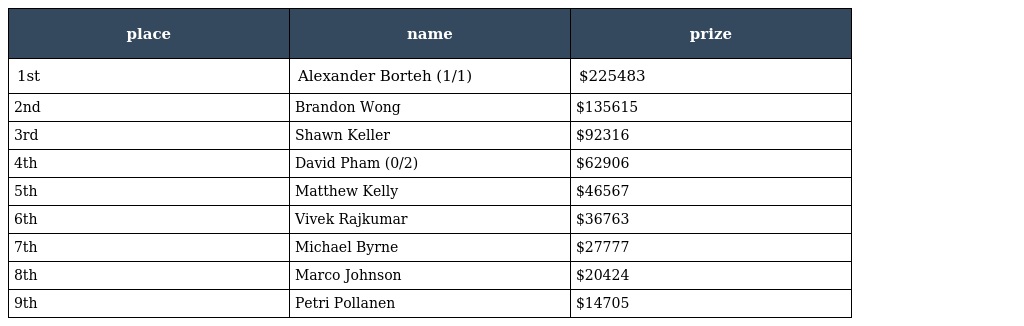
| place | name | prize |
 | --- | --- | --- |
 | 1st | Alexander Borteh (1/1) | $225483 |
 | 2nd | Brandon Wong | $135615 |
 | 3rd | Shawn Keller | $92316 |
 | 4th | David Pham (0/2) | $62906 |
 | 5th | Matthew Kelly | $46567 |
 | 6th | Vivek Rajkumar | $36763 |
 | 7th | Michael Byrne | $27777 |
 | 8th | Marco Johnson | $20424 |
 | 9th | Petri Pollanen | $14705 |